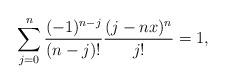
LaTeX: \begin{align*}\sum_{j=0}^{n}\frac{(-1)^{n-j}}{(n-j)!}\frac{(j-nx)^n}{j!}=1,\end{align*}